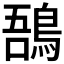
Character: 𪁙